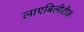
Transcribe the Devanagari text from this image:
लाएबिलीटीज़